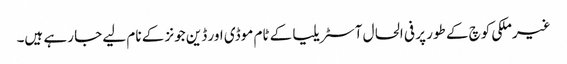
غیرملکی کوچ کے طور پر فی الحال آسٹریلیا کے ٹام موڈی اور ڈین جونز کے نام لیے جا رہے ہیں۔